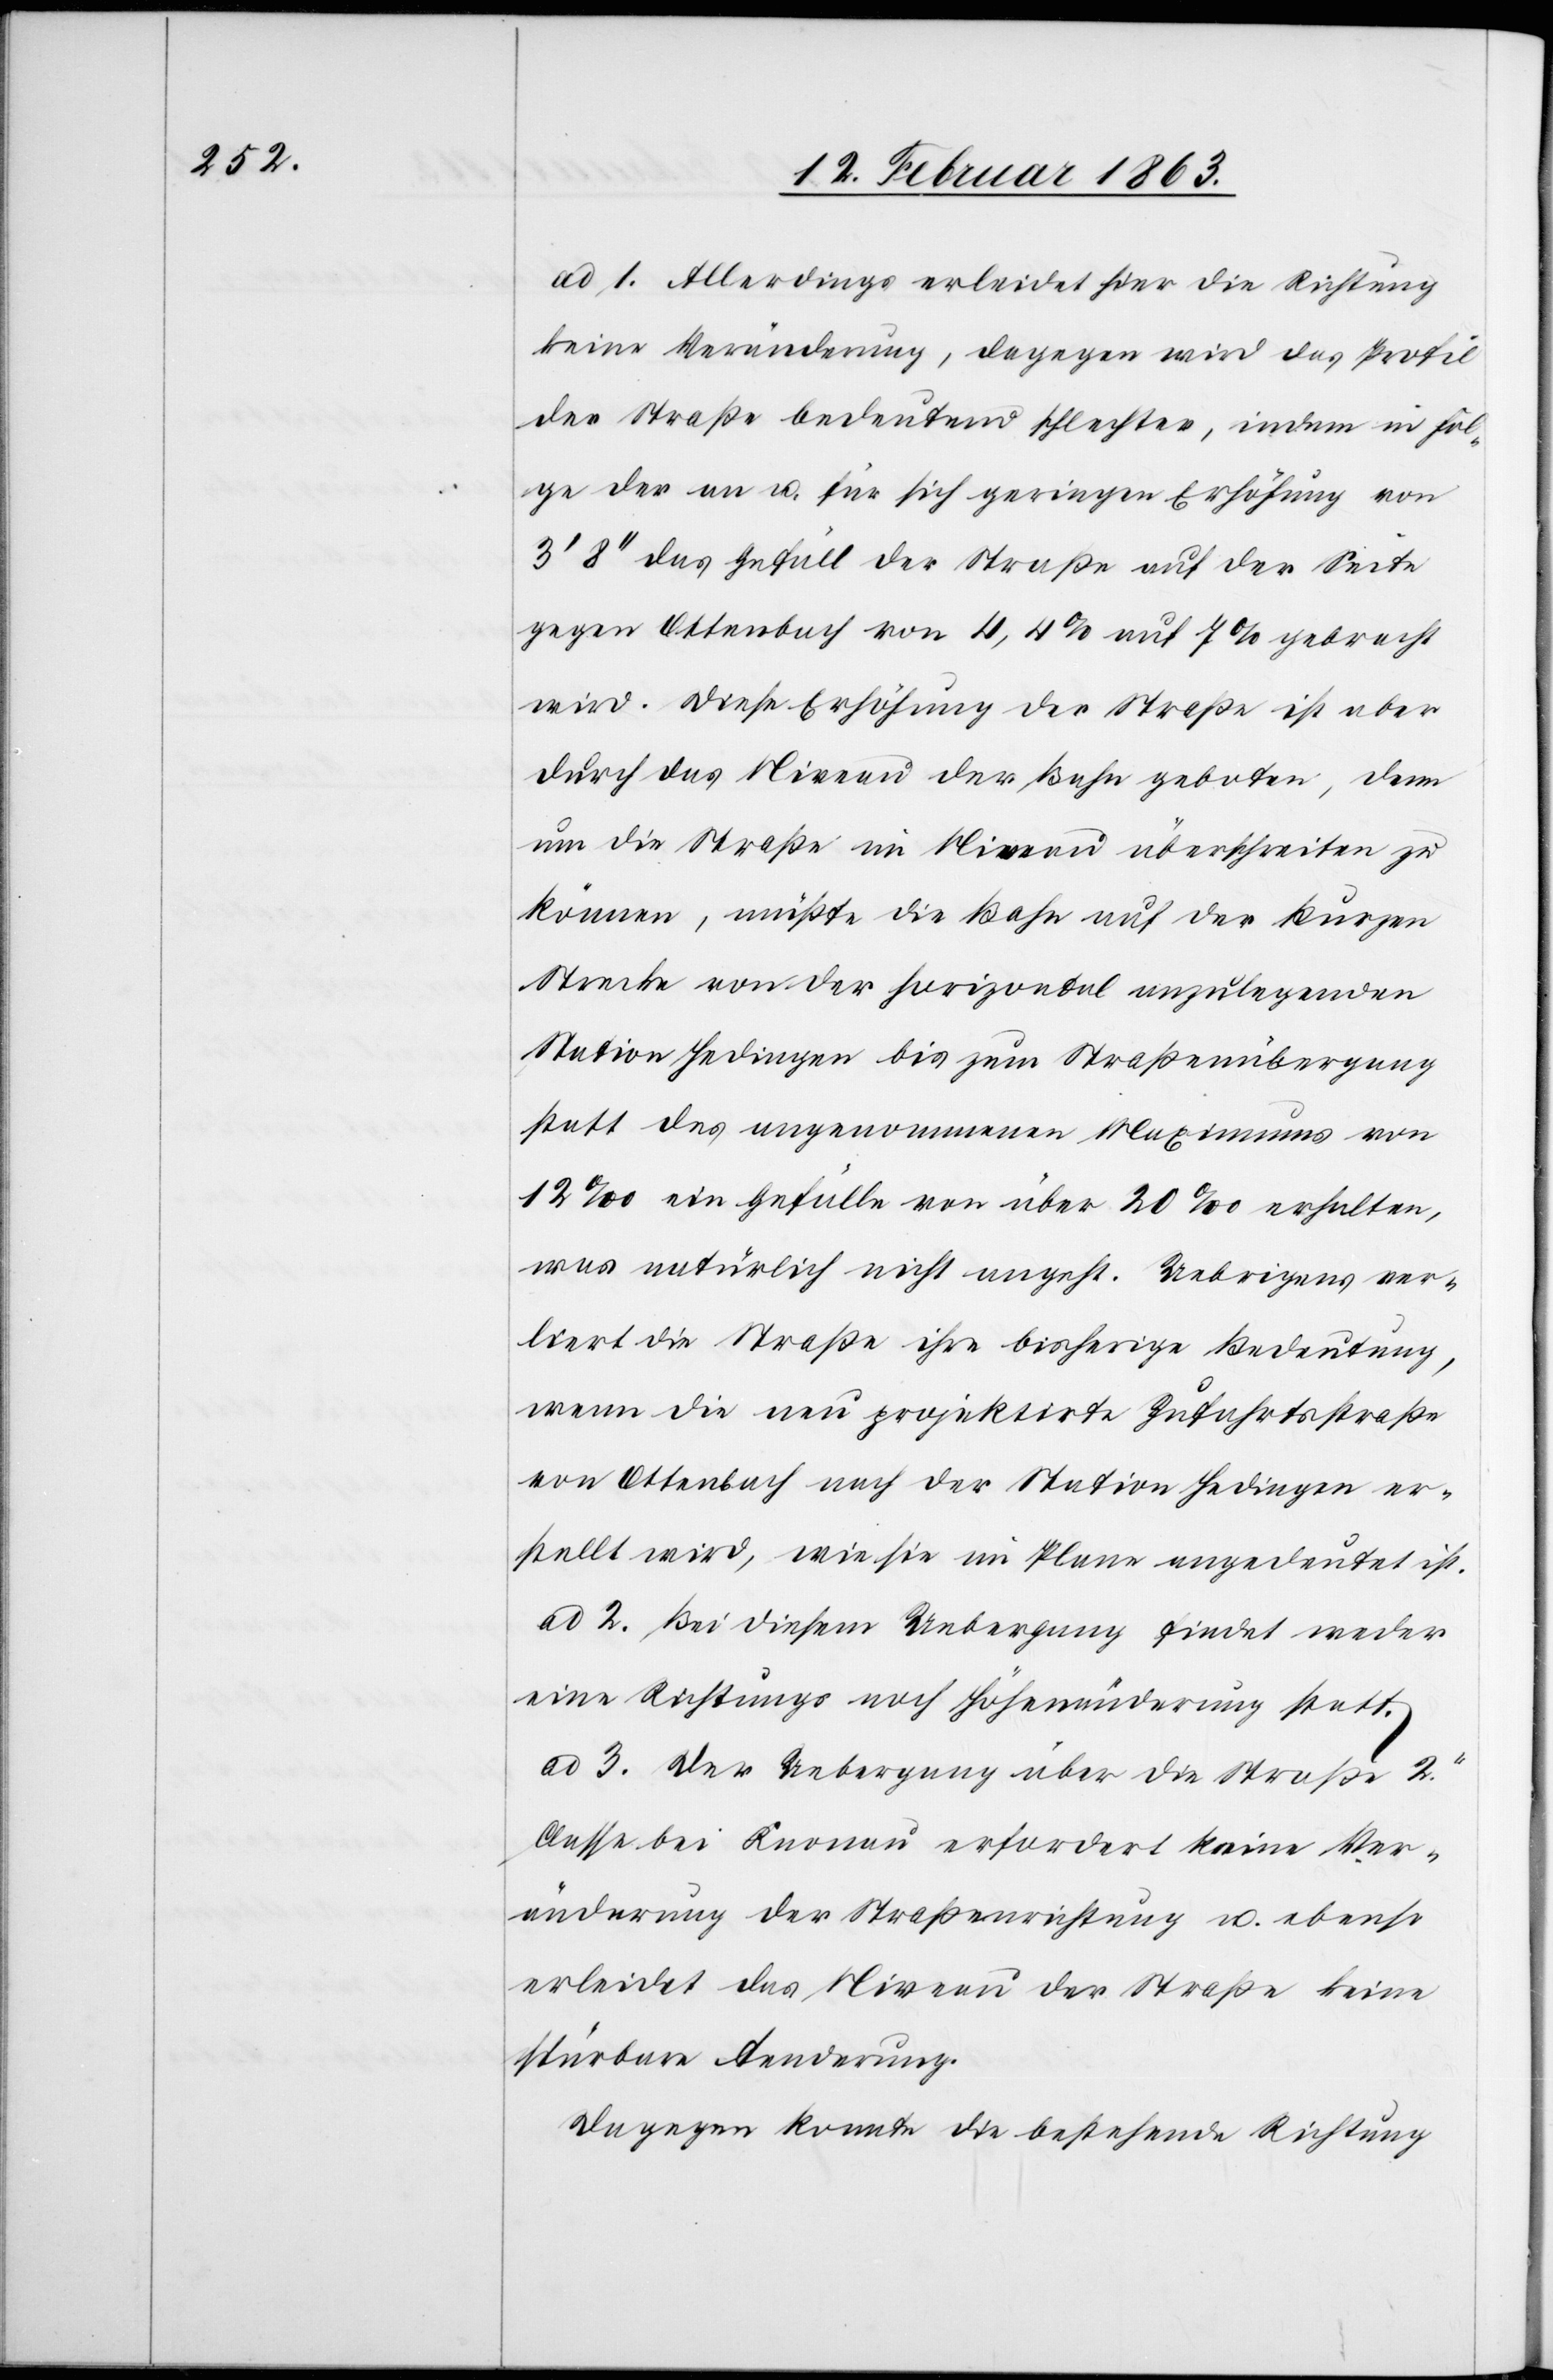
ad 1. Allerdings erleidet hier die Richtung
keine Veränderung, dagegen wird das Profil
der Straße bedeutend schlechter, indem in Fol¬
ge der an u. für sich geringen Erhöhung von
8'' das Gefäll der Straße auf der Seite
gegen Ottenbach von 4,4% auf 7% gebracht
wird. Diese Erhöhung der Straße ist aber
durch das Niveau der Bahn geboten, denn
um die Straße im Niveau überschreiten zu
können, müßte die Bahn auf der kurzen
Strecke von der horizontal anzulegenden
Station Hedingen bis zum Straßenübergang
statt des angenommenen Maximums von
12‰ ein Gefälle von über 20‰ erhalten,
was natürlich nicht angeht. Uebrigens ver¬
liert die Straße ihre bisherige Bedeutung,
wenn die neu projektirte Zufahrtsstraße
von Ottenbach nach der Station Hedingen er¬
stellt wird, wie sie im Plane angedeutet ist.
ad 2. Bei diesem Uebergang findet weder
eine Richtungs[-] noch Höhenänderung statt.
ad 3. Der Uebergang über die Straße 2r.
Classe bei Knonau erfordert keine Ver¬
änderung der Straßenrichtung u. ebenso
erleidet das Niveau der Straße keine
spürbare Aenderung.
Dagegen konnte die bestehende Richtung